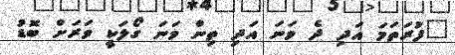
"ފުރަތަމަ އަދި ދެ ވަނަ އަދި ތިން ވަނަ ގޯލަކީ ވަރަށް ބޮޑު